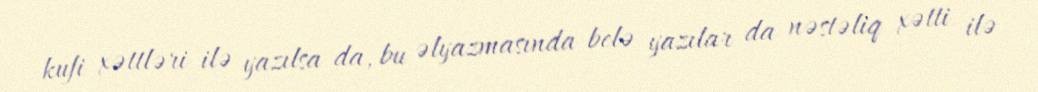
kufi xəttləri ilə yazılsa da, bu əlyazmasında belə yazılar da nəstəliq xətti ilə